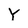
Character: y